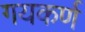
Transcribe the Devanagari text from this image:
गयकर्ण